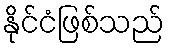
နိုင်ငံဖြစ်သည်